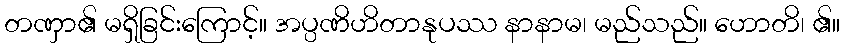
တဏှာ၏ မရှိခြင်းကြောင့်။ အပ္ပဏိဟိတာနုပဿ နာနာမ၊ မည်သည်။ ဟောတိ၊ ၏။